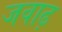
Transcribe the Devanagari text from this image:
जवाढ़